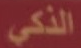
الذكي